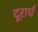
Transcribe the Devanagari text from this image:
दूरार्ध